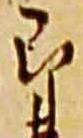
郎